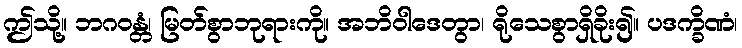
ဤသို့။ ဘဂဝန္တံ၊ မြတ်စွာဘုရားကို။ အဘိဝါဒေတွာ၊ ရိုသေစွာရှိခိုး၍။ ပဒက္ခိဏံ၊